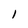
Character: 1